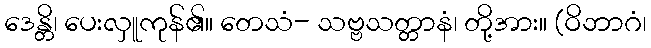
ဒေန္တိ၊ ပေးလှူကုန်၏။ တေသံ- သဗ္ဗသတ္တာနံ၊ တို့အား။ (ဝိဘာဂံ၊